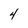
Character: 4